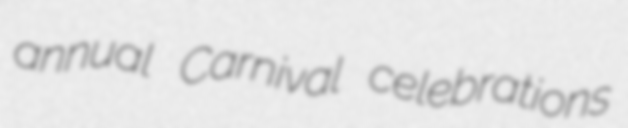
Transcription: annual Carnival celebrations